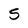
Character: S